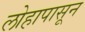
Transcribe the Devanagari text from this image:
लोहापासून